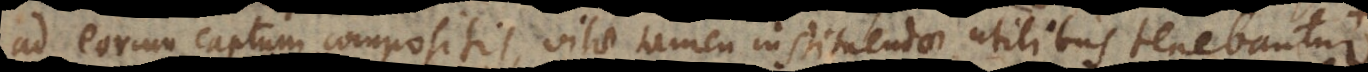
ad eorum captum compositis, vitae tamen instituendae utilibus tenebantur.,